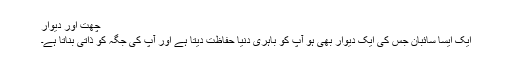
چھت اور دیوار
ایک ایسا سائبان جس کی ایک دیوار بھی ہو آپ کو باہری دنیا حفاظت دیتا ہے اور آپ کی جگہ کو ذاتی بناتا ہے۔